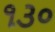
૧૩૦